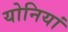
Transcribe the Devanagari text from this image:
योनियां